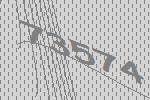
73574